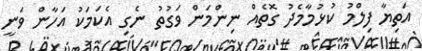
އަތިޔާ ފިލްމު ކުޅުމާމެދު ގޮތެއް ނިންމަން ވަގުތު ނެގި އެކަމަކު އަހާން ވަނީ